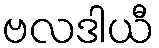
ဗလဒါယီ